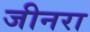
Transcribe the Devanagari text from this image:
जीनरा